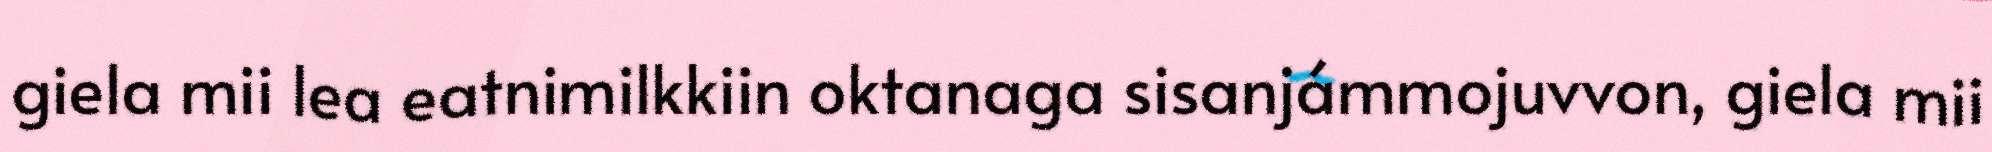
giela mii lea eatnimilkkiin oktanaga sisanjámmojuvvon, giela mii